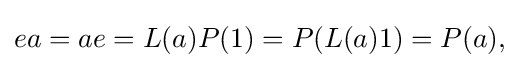
\displaystyle {ea=ae=L(a)P(1)=P(L(a)1)=P(a),}